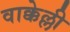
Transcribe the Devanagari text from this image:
वाक्केल्ली